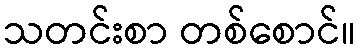
သတင်းစာ တစ်စောင်။